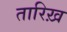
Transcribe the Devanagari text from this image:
तारिख़